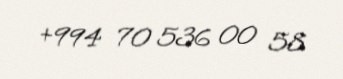
+994 70 536 00 58